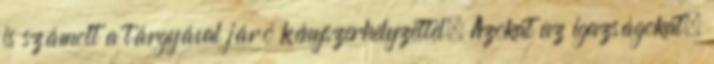
is számolt a tárgyával járó kényszerhelyzettel. Azokat az igazságokat,